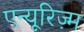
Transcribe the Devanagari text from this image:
एन्यूरिज़्म